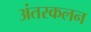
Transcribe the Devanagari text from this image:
अंतरकलन